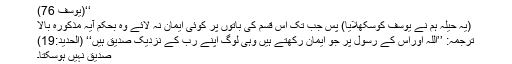
‘‘(يوسف 76)
(یہ حیلہ ہم نے یوسف کوسکھلایا) پس جب تک اس قسم کی باتوں پر کوئی ایمان نہ لائے وہ بحکم آیہ مذکورہ بالا
ترجمہ: ’’اللہ اوراس کے رسول پر جو ایمان رکھتے ہیں وہی لوگ اپنے رب کے نزدیک صدیق ہیں‘‘ (الحديد:19)
صدیق نہیں ہوسکتا۔